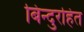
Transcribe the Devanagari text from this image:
बिन्दुरहित